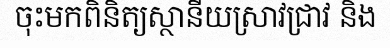
ចុះមកពិនិត្យស្ថានីយស្រាវជ្រាវ និង